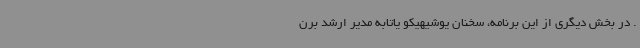
. در بخش دیگری از این برنامه، سخنان یوشیهیکو یاتابه مدیر ارشد برن